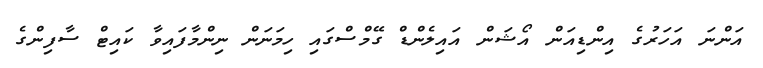
އަންނަ އަހަރުގެ އިންޑިއަން އޯޝަން އައިލެންޑް ގޭމްސްގައި ހިމަނަން ނިންމާފައިވާ ކައިޓް ސާފިންގެ